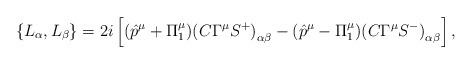
LaTeX: \begin{align*}\left\{L_\alpha, L_\beta\right\}=2i\left [(\hat p^\mu+\Pi^\mu_1){(C\Gamma^\mu S^+)}_{\alpha\beta}-(\hat p^\mu-\Pi^\mu_1){(C\Gamma^\mu S^-)}_{\alpha\beta}\right ],\end{align*}